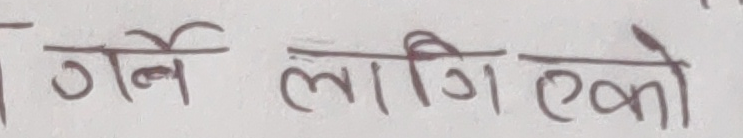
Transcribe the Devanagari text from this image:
गर्न लागि एको